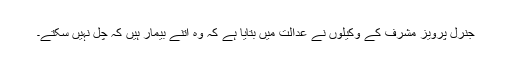
جنرل پرویز مشرف کے وکیلوں نے عدالت میں بتایا ہے کہ وہ اتنے بیمار ہیں کہ چل نہیں سکتے۔